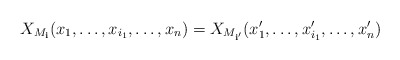
\begin{align*}X_{M_\mathbf i}(x_1, \dots, x_{i_1},\dots, x_n) = X_{M_{\mathbf i'}} (x_1', \dots, x_{i_1}', \dots, x_n')\end{align*}